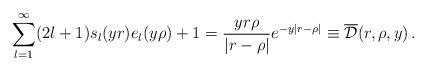
LaTeX: \begin{align*}\sum_{l=1}^\infty (2l+1)s_l(yr)e_l(y\rho)+1 =\frac{yr\rho}{|r-\rho|}e^{-y|r-\rho|}\equiv \overline {\cal D}(r,\rho,y)\,{.}\end{align*}